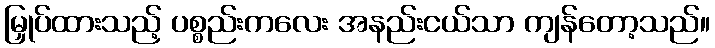
မြှုပ်ထားသည့် ပစ္စည်းကလေး အနည်းငယ်သာ ကျန်တော့သည်။